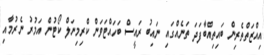
އިއްޒަތްތެރިން ބައިތިއްބާފަދަ ތަނެއްގައި ނައިބު ރައީސް ބަހައްޓަވަން ކްރިމިނަލް ކޯޓުން އަމުރު ނެރުމާއި